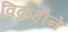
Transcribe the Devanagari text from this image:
विद्रोहीने